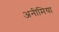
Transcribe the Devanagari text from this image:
अनीमिया